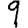
Digit: 9